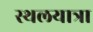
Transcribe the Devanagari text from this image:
स्थलयात्रा